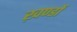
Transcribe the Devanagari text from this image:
ख़ण्डों